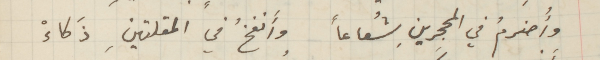
وأُحترمُ في المحجرينِ شُعاعاً وأَنفخُ في المقلتينِ ذَكاءْ